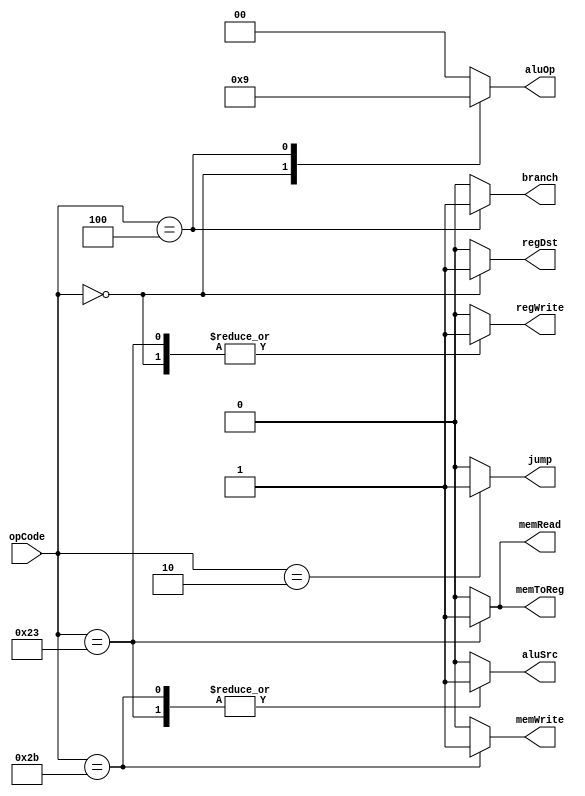
module Ctr(
    input [5:0] opCode,
    output reg regDst,
    output reg aluSrc,
    output reg memToReg,
    output reg regWrite,
    output reg memRead,
    output reg memWrite,
    output reg branch,
    output reg [1:0] aluOp,
    output reg jump
    );

    always @(opCode)
    begin
        case(opCode)
        6'b000000: 
        begin
            regDst = 1;
            aluSrc = 0;
            memToReg = 0;
            regWrite = 1;
            memRead = 0;
            memWrite = 0;
            branch = 0;
            aluOp = 2'b10;
            jump = 0;
        end
        
        6'b100011:
        begin
            regDst = 0;
            aluSrc = 1;
            memToReg = 1;
            regWrite = 1;
            memRead = 1;
            memWrite = 0;
            branch = 0;
            aluOp = 2'b00;
            jump = 0;
        end
        
        6'b101011:
        begin
            regDst = 0;
            aluSrc = 1;
            memToReg = 0;
            regWrite = 0;
            memRead = 0;
            memWrite = 1;
            branch = 0;
            aluOp = 2'b00;
            jump = 0;
        end
        
        6'b000100:
        begin
            regDst = 0;
            aluSrc = 0;
            memToReg = 0;
            regWrite = 0;
            memRead = 0;
            memWrite = 0;
            branch = 1;
            aluOp = 2'b01;
            jump = 0;
        end
        
        6'b000010: 
        begin
            regDst = 0;
            aluSrc = 0;
            memToReg = 0;
            regWrite = 0;
            memRead = 0;
            memWrite = 0;
            branch = 0;
            aluOp = 2'b00;
            jump = 1;
        end
        
        default:
        begin
            regDst = 0;
            aluSrc = 0;
            memToReg = 0;
            regWrite = 0;
            memRead = 0;
            memWrite = 0;
            branch = 0;
            aluOp = 2'b00;
            jump = 0;
        end
        
        endcase
    end
    
endmodule